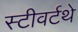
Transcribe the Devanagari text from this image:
स्टीवर्टथे